Civil Veterinary Department Bihar & Orissa reports 1911-21 - 1911-1921
Year: 1911
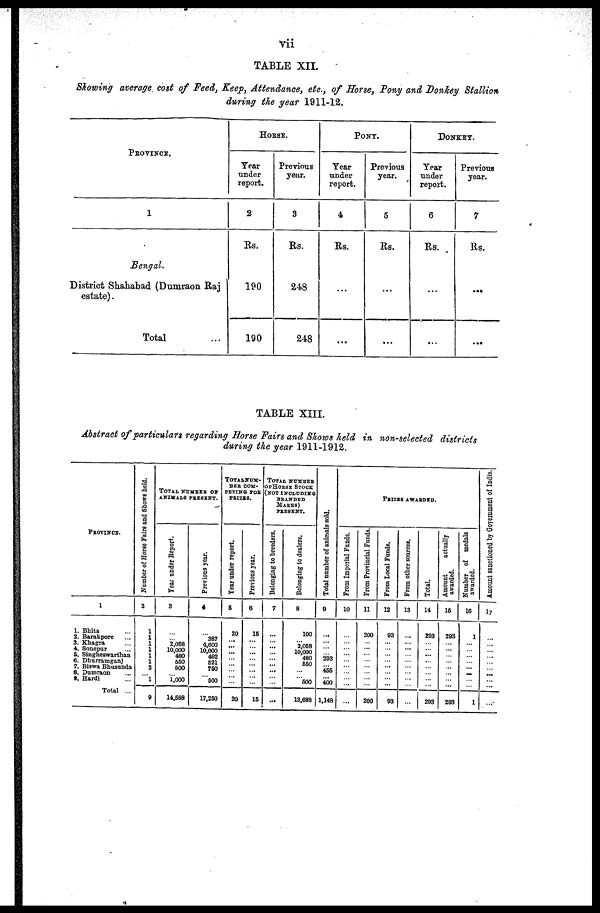
vii
TABLE XII.
Slowing average cost of Feed, Keep, Attendance, etc., of Horse, Pony and Donkey Stallion
during the year 1911-12.
PROVINCE.
1
Bengal.
District Shahabad (Dumraon Raj
estate).
Total
HORSE.
Year
under
report.
2
Rs.
190
190
Previous
year.
3
Rs.
248
248
PONY.
Year
under
report.
4
Rs.
...
...
Previous
year.
5
Rs.
...
...
DONKEY.
Year
under
report.
6
Rs.
...
...
Previous
year.
7
Rs.
...
...
TABLE XIII.
Abstract of particulars regarding Horse Fairs and Shows held in non-selected districts
during the year 1911-1912.
PROVINCE.
1
1. Bhita ...
2. Barakpore ...
3. Khagra ...
4. Sonepur ...
5. Singheswarthan
6. Dhurramganj
7. Biswa Bhusanda
8. Dumraon ...
9.Hardi ...
Total ...
Number of Horse Fairs and Shows held.
2
1
1
1
1
1
1 2
... 1
9
TOTAL NUMBER OF
ANIMALS PRESENT.
Year under Report.
3
...
... 2,068
10.000
480
660
600
... 1,000
14,688
Previous year.
4
...
387
4,600
10,000
492
621
760
... 600
17,250
TOTAL NUM-
BER COM-
PETING FOR
PRIZES .
Year under report.
5
20
...
...
...
...
...
...
...
...
20
Prerious year.
6
16
...
...
...
...
...
...
...
...
16
TOTAL NUMBER
OF HORSE STOCK
(NOT INCLUDING
BRANDED
MARES)
PRESENT
Belonging to breeders.
7
...
...
...
...
...
...
...
...
...
...
Belonging to dealers,
8
100
... 3,068
10,000
480
660
...
... 600
13,688
Total number of animals sold.
9
...
...
...
... 293
... 466
... 400
1,148
PRIZES AWARDED.
From Imperial Funds.
10
...
...
...
...
...
...
...
...
...
...
From Provincial Funds.
11
200
...
...
...
...
...
...
...
...
200
From Local Funds.
12
93
...
...
...
...
...
...
...
...
93
From other sources.
13
...
...
...
...
...
...
...
...
...
...
Total.
14
293
...
...
...
...
...
...
...
...
293
Amount
actually
awarded.
15
293
...
...
...
...
...
...
...
...
293
Number of medals
awarded.
16
1
...
...
...
...
...
...
...
...
1
Amount
sanctioned by Government
of India
17
...
...
...
...
...
...
...
...
...
...